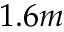
1 . 6 m